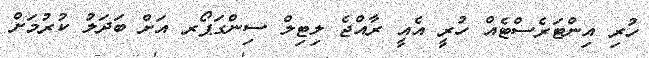
ހުރި އިންޓަރެސްޓެއް ހުރީ އެއީ ރާއްޖެ ލިޓިލް ސިންގަޕޯރ އަށް ބަދަލު ކުރުމަށް